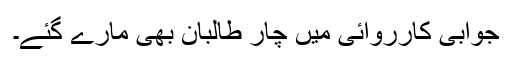
جوابی کارروائی میں چار طالبان بھی مارے گئے۔